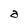
Character: a